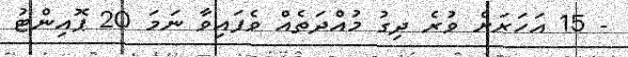
- 15 އަހަރަށް ވުރެ ދިގު މުއްދަތެއް ވެފައިވާ ނަމަ 20 ޕޮއިންޓު